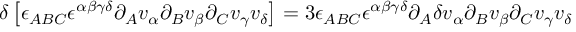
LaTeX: \delta \left[ \epsilon _ { A B C } \epsilon ^ { \alpha \beta \gamma \delta } \partial _ { A } v _ { \alpha } \partial _ { B } v _ { \beta } \partial _ { C } v _ { \gamma } v _ { \delta } \right] = 3 \epsilon _ { A B C } \epsilon ^ { \alpha \beta \gamma \delta } \partial _ { A } \delta v _ { \alpha } \partial _ { B } v _ { \beta } \partial _ { C } v _ { \gamma } v _ { \delta }